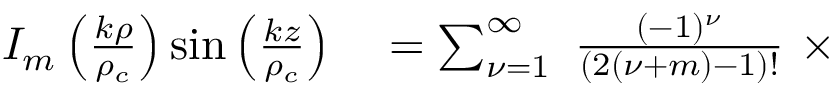
\begin{array} { r l } { I _ { m } \left( \frac { k \rho } { \rho _ { c } } \right) \sin \left( \frac { k z } { \rho _ { c } } \right) } & { { } = \sum _ { { \nu } = 1 } ^ { \infty } \ \frac { ( - 1 ) ^ { { \nu } } } { ( 2 ( { \nu } + m ) - 1 ) ! } \ \times } \end{array}